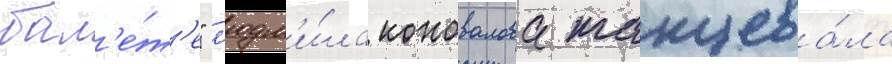
бал'е́т'е" л'юдм'и́ла коновалова танцева́ла